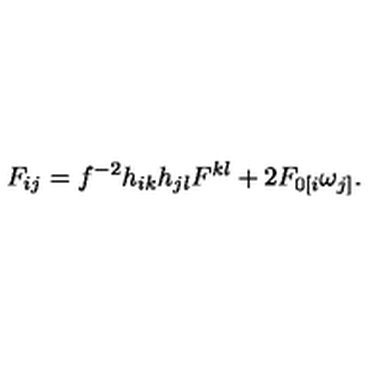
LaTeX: F _ { i j } = f ^ { - 2 } h _ { i k } h _ { j l } F ^ { k l } + 2 F _ { 0 [ i } \omega _ { j ] } .